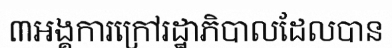
៣អង្គការក្រៅរដ្ឋាភិបាលដែលបាន